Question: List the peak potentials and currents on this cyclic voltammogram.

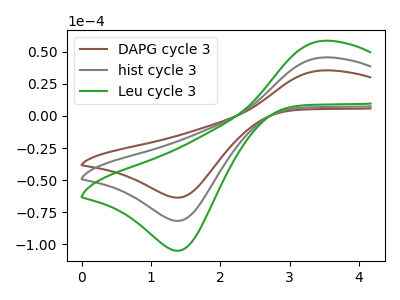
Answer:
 <answer>The brown curve "DAPG cycle 3" has an anodic peak at (3.50V, 35.55uA) and a cathodic peak at (1.40V, -63.70uA). The gray curve "hist cycle 3" has an anodic peak at (3.50V, 45.65uA) and a cathodic peak at (1.40V, -81.80uA). The green curve "Leu cycle 3" has an anodic peak at (3.50V, 91.25uA) and a cathodic peak at (1.40V, -163.55uA).</answer>
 <eval></eval>